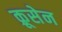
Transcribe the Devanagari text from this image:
क्रूसेन